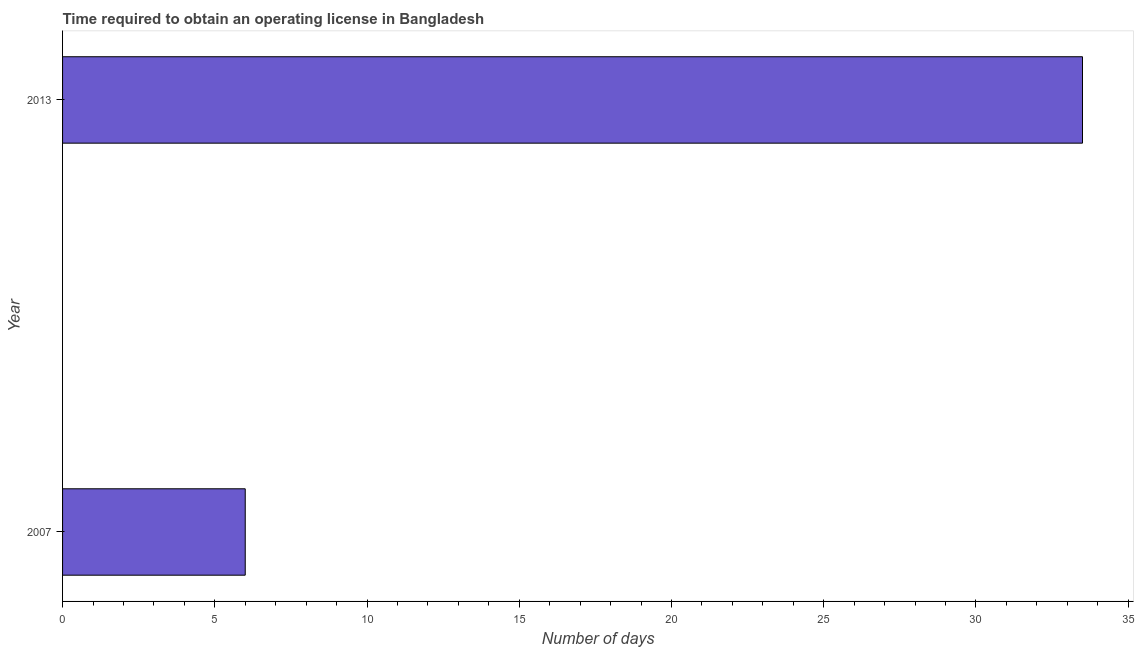
| Year | Obtain operating license |
 | --- | --- |
 | 2007 | 6 |
 | 2013 | 33.5 |